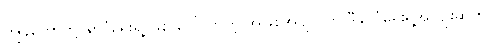
ကျွန်တော်တို့ နိုင်ငံရေးရဲ့ ဖြစ် ပေါ်လာတဲ့ အဖြစ်အပျက်က ဒီနိုင်ငံရေးရဲ့အကျိုးဆက်